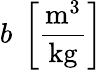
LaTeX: b~\left[\frac{\mathrm{m}^{3}}{\mathrm{kg}}\right]